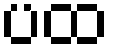
ပထ